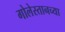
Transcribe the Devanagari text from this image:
गोलेस्तानच्या